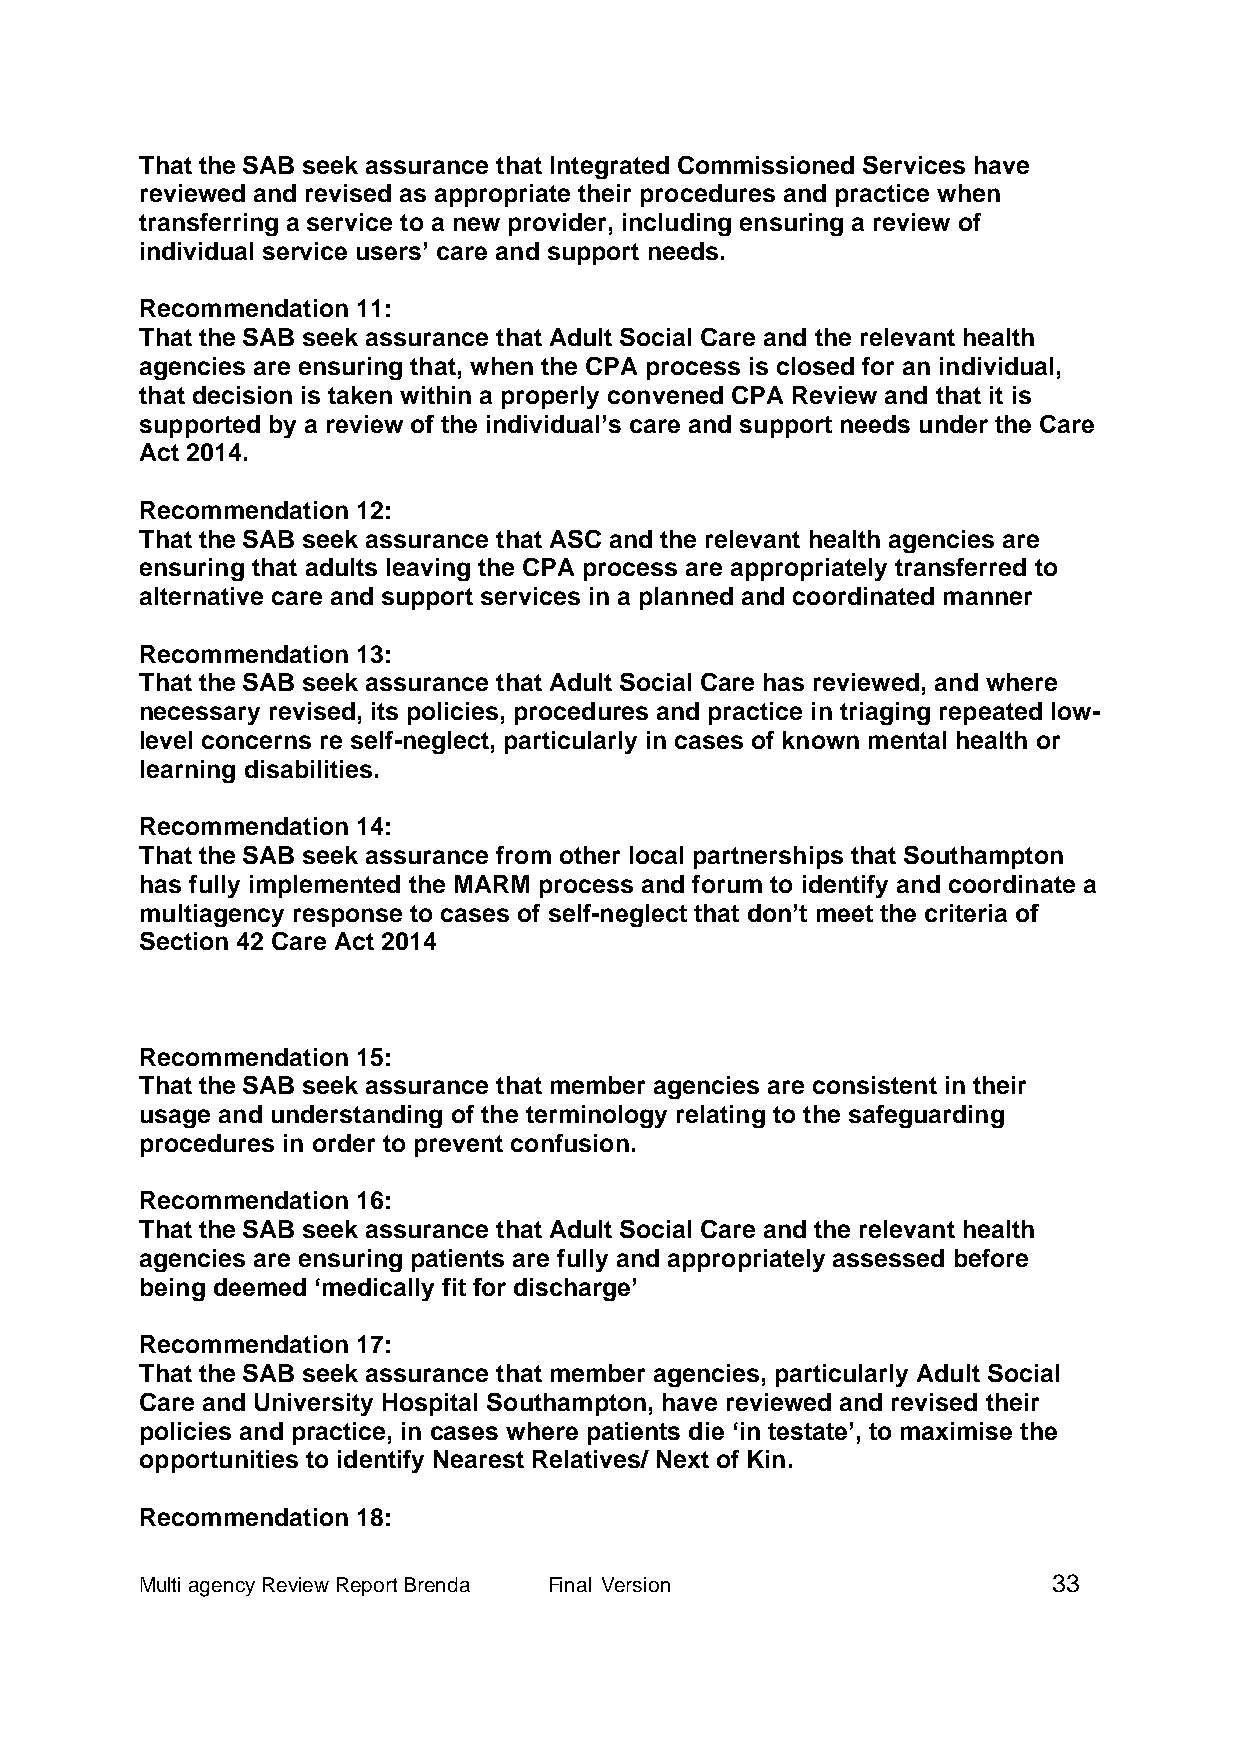
That the SAB seek assurance that Integrated Commissioned Services have
 reviewed and revised as appropriate their procedures and practice when
 transferring a service to a new provider, including ensuring a review of
 individual service users’ care and support needs.
 Recommendation 11:
 That the SAB seek assurance that Adult Social Care and the relevant health
 agencies are ensuring that, when the CPA process is closed for an individual,
 that decision is taken within a properly convened CPA Review and that it is
 supported by a review of the individual’s care and support needs under the Care
 Act 2014.
 Recommendation 12:
 That the SAB seek assurance that ASC and the relevant health agencies are
 ensuring that adults leaving the CPA process are appropriately transferred to
 alternative care and support services in a planned and coordinated manner
 Recommendation 13:
 That the SAB seek assurance that Adult Social Care has reviewed, and where
 necessary revised, its policies, procedures and practice in triaging repeated low-
 level concerns re self-neglect, particularly in cases of known mental health or
 learning disabilities.
 Recommendation 14:
 That the SAB seek assurance from other local partnerships that Southampton
 has fully implemented the MARM process and forum to identify and coordinate a
 multiagency response to cases of self-neglect that don’t meet the criteria of
 Section 42 Care Act 2014
 Recommendation 15:
 That the SAB seek assurance that member agencies are consistent in their
 usage and understanding of the terminology relating to the safeguarding
 procedures in order to prevent confusion.
 Recommendation 16:
 That the SAB seek assurance that Adult Social Care and the relevant health
 agencies are ensuring patients are fully and appropriately assessed before
 being deemed ‘medically fit for discharge’
 Recommendation 17:
 That the SAB seek assurance that member agencies, particularly Adult Social
 Care and University Hospital Southampton, have reviewed and revised their
 policies and practice, in cases where patients die ‘in testate’, to maximise the
 opportunities to identify Nearest Relatives/ Next of Kin.
 Recommendation 18:
 Multi agency Review Report Brenda Final Version              33